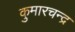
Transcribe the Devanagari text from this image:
कुमारचन्द्र